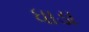
ધાડા